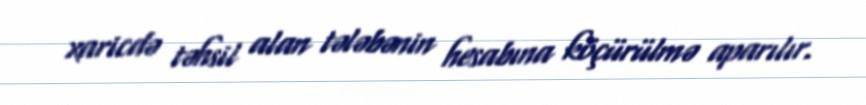
xaricdə təhsil alan tələbənin hesabına köçürülmə aparılır.